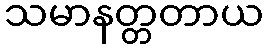
သမာနတ္တတာယ